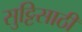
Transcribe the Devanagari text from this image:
सुट्टिसाठी